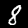
Digit: 8